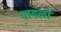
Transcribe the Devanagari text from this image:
घायलो